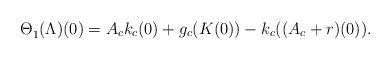
LaTeX: \begin{align*}\Theta^{}_1 (\Lambda)(0) &=A_c k_c(0) +g_c(K{}{}(0)) -k_c((A_c +r)(0)).\end{align*}